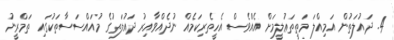
4. ދައުލަތުން އަމިއްލަ މަތީތަޢުލީމަށް އެއްވެސް އެހީތެރިކަމެއް ނުދެއްވާއިރު ދައުލަތުގެ މުއައްސަސާތަކުގައި ތަމްރީނު